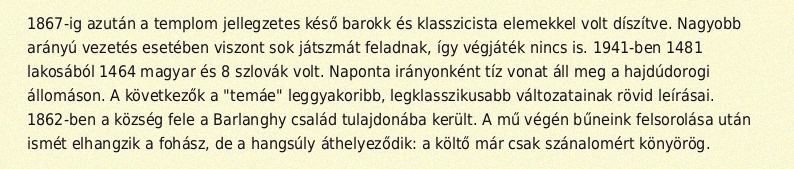
1867-ig azután a templom jellegzetes késő barokk és klasszicista elemekkel volt díszítve. Nagyobb arányú vezetés esetében viszont sok játszmát feladnak, így végjáték nincs is. 1941-ben 1481 lakosából 1464 magyar és 8 szlovák volt. Naponta irányonként tíz vonat áll meg a hajdúdorogi állomáson. A következők a "temáe" leggyakoribb, legklasszikusabb változatainak rövid leírásai. 1862-ben a község fele a Barlanghy család tulajdonába került. A mű végén bűneink felsorolása után ismét elhangzik a fohász, de a hangsúly áthelyeződik: a költő már csak szánalomért könyörög.